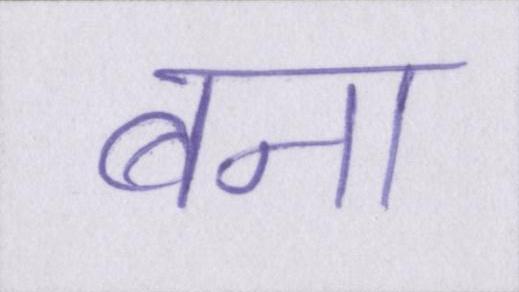
बना